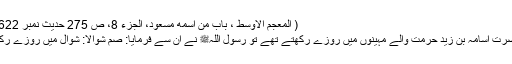
( المعجم الاوسط ، باب من اسمه مسعود، الجزء 8، ص 275 حدیث نمبر 8622)
حضرت اسامہ بن زیدؓ حرمت والے مہینوں میں روزے رکھتے تھے تو رسول اللہﷺ نے ان سے فرمایا: صُمْ شَوَّالًا: شوال میں روزے رکھو۔